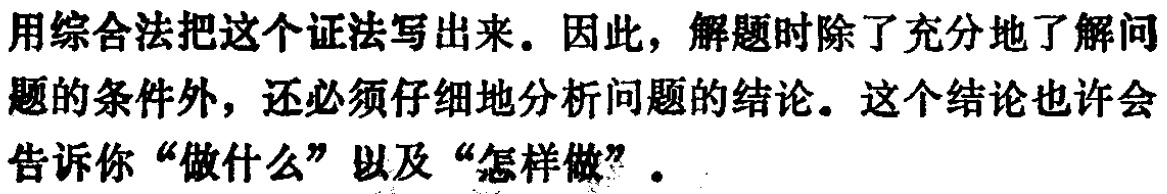
用综合法把这个证法写出来。因此，解题时除了充分地了解问题的条件外，还必须仔细地分析问题的结论。这个结论也许会告诉你“做什么”以及“怎样做”。